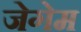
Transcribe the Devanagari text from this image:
जेगेम